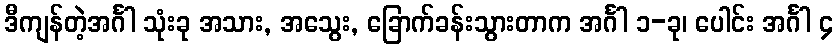
ဒီကျန်တဲ့အင်္ဂါ သုံးခု အသား, အသွေး, ခြောက်ခန်းသွားတာက အင်္ဂါ ၁-ခု၊ ပေါင်း အင်္ဂါ ၄